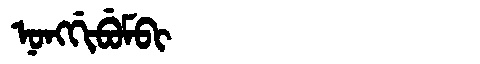
Manchu: ᠨᠣᠩᡤᡳᠪᡠᠮᠪᡳ
Romanization: NONGGIBUMBI